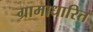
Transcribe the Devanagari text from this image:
ग्रामाधारित